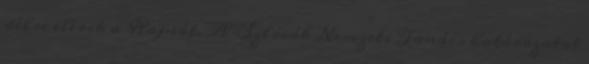
délre elérik a Rajnát. A Szlovák Nemzeti Tanács határozatot